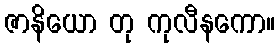
ဇာနိယော တု ကုလီနကော။